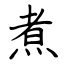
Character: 煮